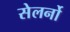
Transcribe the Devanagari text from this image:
सेलर्नो